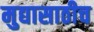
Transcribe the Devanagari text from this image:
मुद्यासाठीच